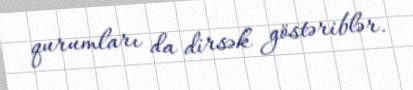
qurumları da dirsək göstəriblər.